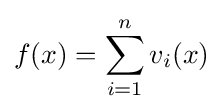
f(x)=\sum _{i=1}^{n}v_{i}(x)